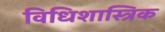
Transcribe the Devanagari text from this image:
विधिशास्त्रिक